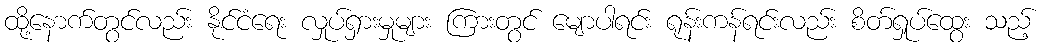
ထို့နောက်တွင်လည်း နိုင်ငံရေး လှုပ်ရှားမှုများ ကြားတွင် မျောပါရင်း ရုန်းကန်ရင်းလည်း စိတ်ရှုပ်ထွေး သည့်